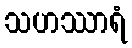
သဟဿာရံ